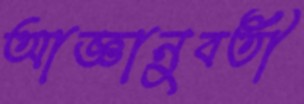
আজ্ঞানুবর্তী